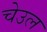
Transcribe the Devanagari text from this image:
चेउल